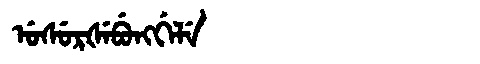
Manchu: ᡠᠰᡠᡵᡧᡝᠪᡠᠩᡤᡝᠯᡝ
Romanization: USURŠEBUNGGELE